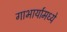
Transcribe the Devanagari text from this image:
गाभार्यामध्ये